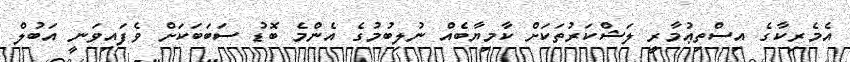
އެމެރިކާގެ އިސްތިޢުމާރީ ލަޝްކަރުތަކަށް ކާމިޔާބެއް ނުލިބުމުގެ އެންމެ ބޮޑު ސަބަބަކަށް ވެފައިވަނީ އަބުލް